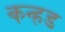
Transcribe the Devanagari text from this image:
कन्हड